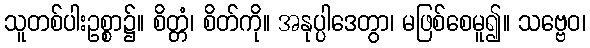
သူတစ်ပါးဥစ္စာ၌။ စိတ္တံ၊ စိတ်ကို။ အနုပ္ပါဒေတွာ၊ မဖြစ်စေမူ၍။ သဗ္ဗေဝ၊